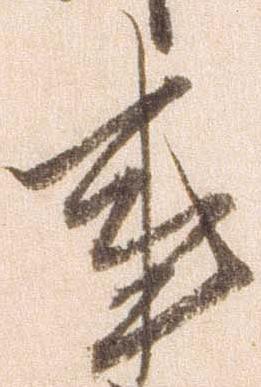
事